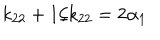
k _ { 2 2 } + 1 / k _ { 2 2 } = 2 \alpha _ { 1 }